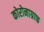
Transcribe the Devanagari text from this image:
कोरोनाग्राफ